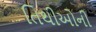
તિથીઓની